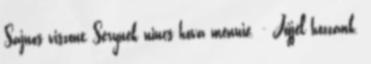
Sajnos viszont Serynek nincs hova mennie. - Jöjjél hozzánk.